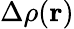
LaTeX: \Delta\rho(\textbf{r})